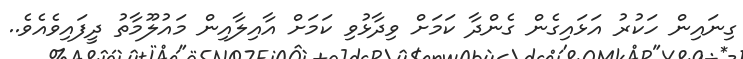
ގިނައިން ހަކުރު އަޅައިގެން ގެންދާ ކަމަށް ވިދާޅުވި ކަމަށް އާއިލާއިން މައުލޫމާތު ދީފައިވެއެވެ..